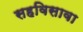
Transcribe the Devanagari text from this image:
सहविसावा